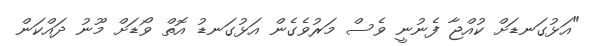
"އަޅުގަނޑަށް ކުއްޖާ ފެނުނީ ވެސް މަރުވެގެން އަޅުގަނޑު އޮތް ވޯޑަށް މޫނު ދައްކަން